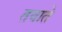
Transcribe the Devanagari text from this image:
तवाते